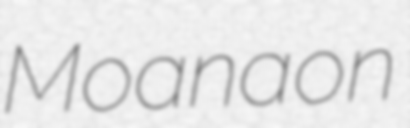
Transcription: Moana on